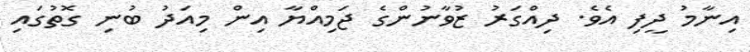
އިނާމު ދީފި އެވެ. ދިއްގަރު ޒުވާނުންގެ ޖަމިއްޔާ އިން މިއަދު ބުނި ގޮތުގައި